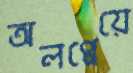
অলপ্পেয়ে